Civil Veterinary Department. Madras. Admin. report 1926-33 - 1926-1933
Year: 1926
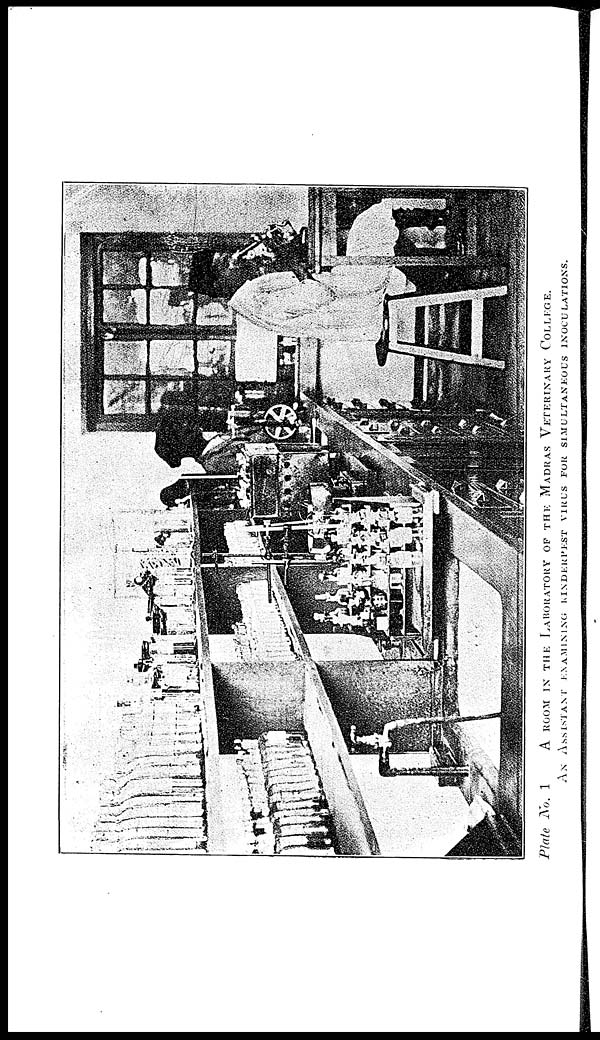
Plate No. 1
A ROOM IN THE LABORATORY OF THE MADRAS VETERINARY COLLEGE.
AN ASSISTANT EXAMINING RINDERPEST VIRUS FOR SIMULTANENEOUS INOCULATIONS.